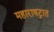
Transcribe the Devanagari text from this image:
महाराषट्रात